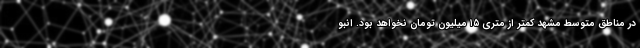
در مناطق متوسط مشهد کمتر از متری ۱۵ میلیون تومان نخواهد بود. انبو